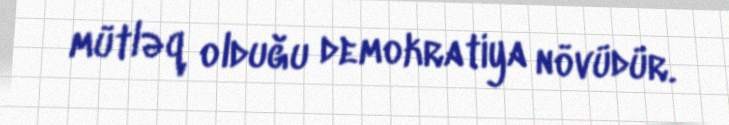
mütləq olduğu demokratiya növüdür.